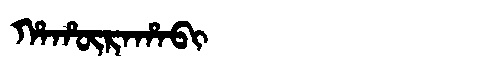
Manchu: ᡥᠠᡥᡡᡵᠠᡥᠠᠪᡳ
Romanization: HAHŪRAHABI